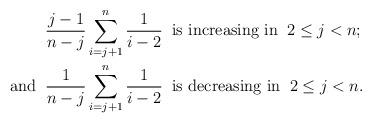
LaTeX: \begin{align*}&\frac{j-1}{n-j}\sum_{i=j+1}^{n}\frac{1}{i-2}\;\;\mbox{is increasing in}\;\;2\le j<n;\\\mbox{and}\;\;&\frac{1}{n-j}\sum_{i=j+1}^{n}\frac{1}{i-2}\;\;\mbox{is decreasing in}\;\;2\le j<n.\end{align*}